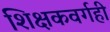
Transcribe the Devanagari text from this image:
शिक्षकवर्गही